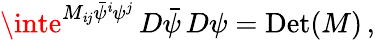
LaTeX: \inte^{M_{\mathit{i}j}{\bar{{\psi}}}^{\mathit{i}}\psi^{j}}\, D{\bar{{\psi}}}\, D\psi=\mathrm{{Det}}(M)\, ,